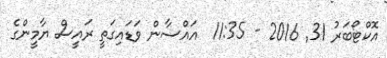
އޮކްޓޯބަރު 31